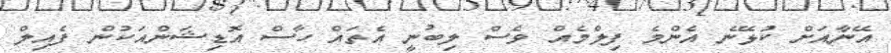
އޭނާއަށް ކުޅޭނެ އެންމެ ފިލްމެއް ވެސް ލިބުނީ އެތައް ހާސް އޮޑިޝަންއަކުން ފެއިލް